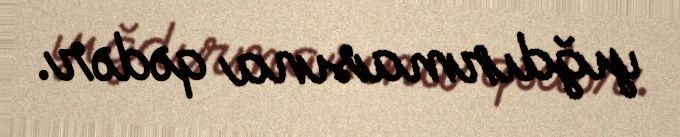
yığdırmasına qədər.